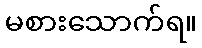
မစားသောက်ရ။